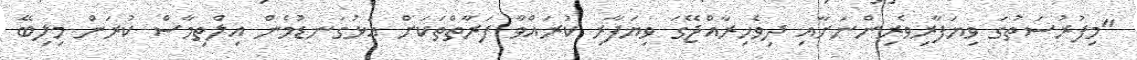
"މިފުރުސަތުގަ ވިޔަފާރިވެރިންނަށާއި ދިވެހިރާއްޖޭގަ ވިޔަފާރި ކުރައްވާ ފަރާތްތަކަށް އަޅުގަނޑުމެން އިލްތިމާސް ކުރަން މިލިބޭ